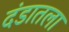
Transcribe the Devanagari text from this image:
दंडातला